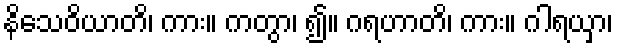
နိသေဝိယာတိ၊ ကား။ ကတွာ၊ ၍။ ဂရဟာတိ၊ ကား။ ဂါရယှာ၊